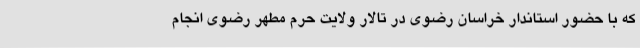
که با حضور استاندار خراسان رضوی در تالار ولایت حرم مطهر رضوی انجام